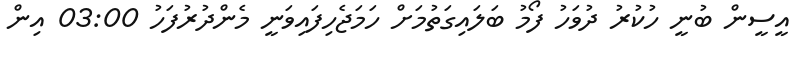
އީސީން ބުނީ ހުކުރު ދުވަހު ފޯމު ބަލައިގަތުމަށް ހަމަޖެހިފައިވަނީ މެންދުރުފަހު 03:00 އިން